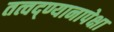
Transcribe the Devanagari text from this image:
तत्वद्ण्यानापेक्षा